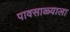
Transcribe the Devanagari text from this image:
पावसाळ्याला